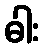
ဓါး